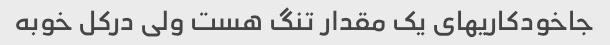
جاخودکاریهای یک مقدار تنگ هست ولی درکل خوبه